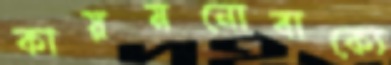
কায়মনোবাক্যে